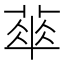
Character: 𬝨